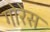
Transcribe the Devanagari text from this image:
गोरेस